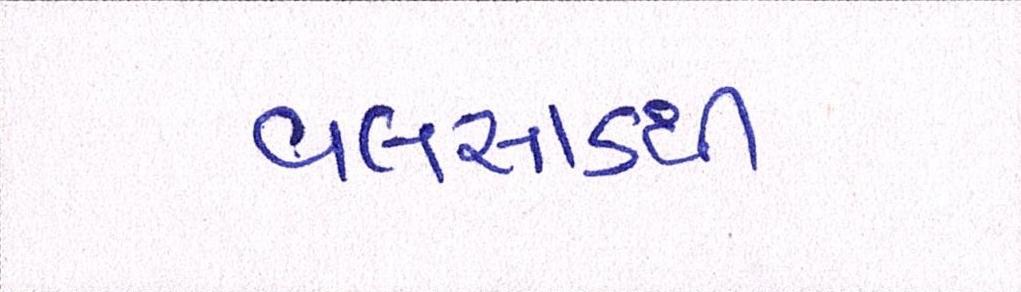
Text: વલસાડથી